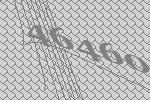
46460